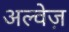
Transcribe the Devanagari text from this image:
अल्वेज़